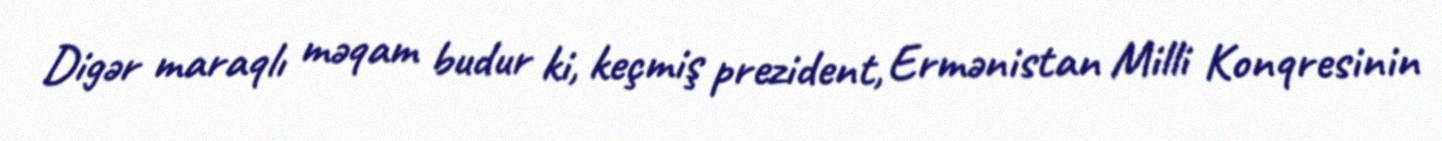
Digər maraqlı məqam budur ki, keçmiş prezident, Ermənistan Milli Konqresinin